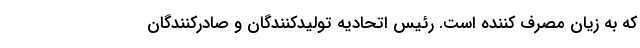
که به زیان مصرف کننده است. رئیس اتحادیه تولیدکنندگان و صادرکنندگان